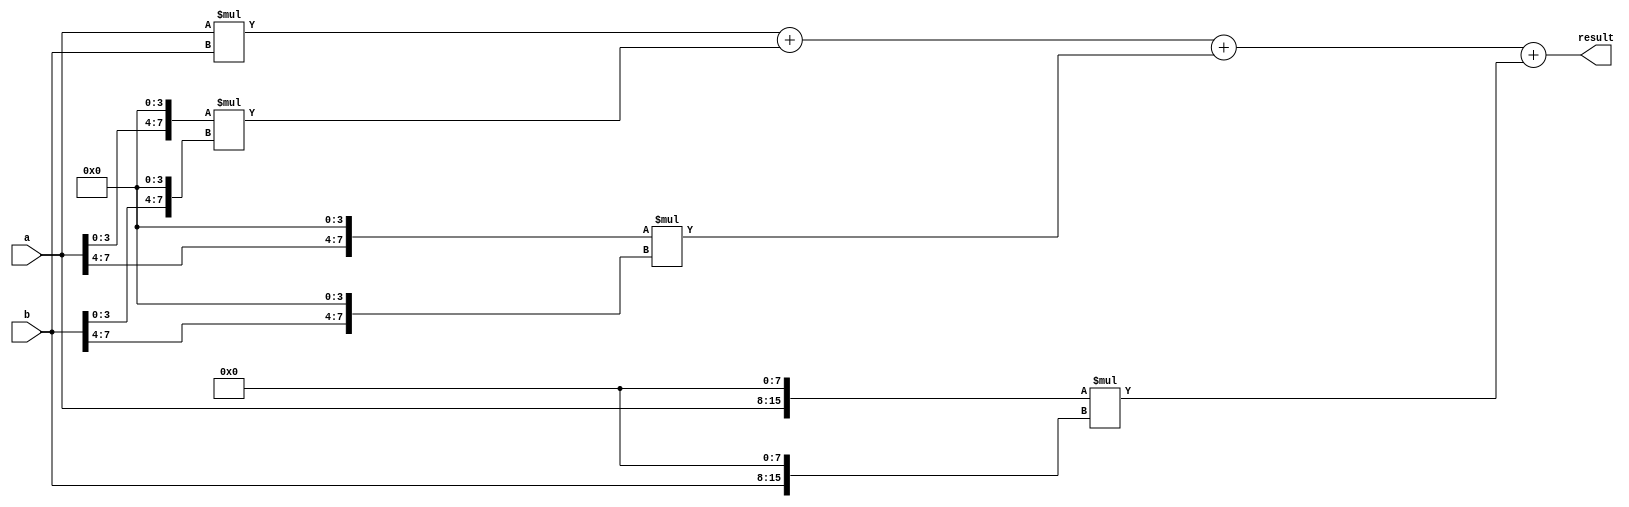
module wallace_tree_multiplier(
    input wire [7:0] a,
    input wire [7:0] b,
    output reg [15:0] result
);

reg [15:0] pp[3:0];

// Stage 1: Generate partial products
always @* begin
    pp[0] = a * b;
    pp[1] = {a[3:0], 4'b0} * {b[3:0], 4'b0};
    pp[2] = {a[7:4], 4'b0} * {b[7:4], 4'b0};
    pp[3] = {a, 8'b0} * {b, 8'b0};
end

// Stage 2: Add partial products
always @* begin
    result = pp[0] + pp[1] + pp[2] + pp[3];
end

endmodule